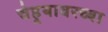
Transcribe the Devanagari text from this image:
चेहर्‍यावरच्या